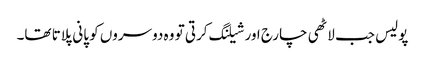
پولیس جب لاٹھی چارج اور شیلنگ کرتی تو وہ دوسروں کو پانی پلاتا تھا۔